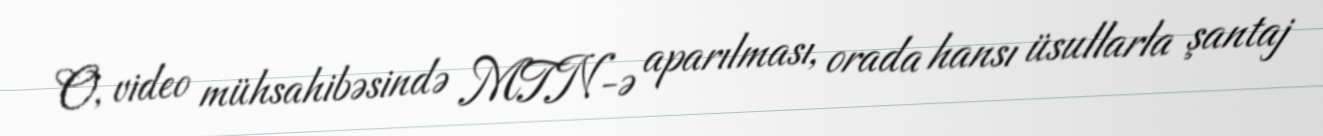
O, video mühsahibəsində MTN-ə aparılması, orada hansı üsullarla şantaj